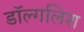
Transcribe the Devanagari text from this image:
डॉल्गलिश